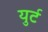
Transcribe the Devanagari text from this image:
युर्ट